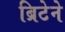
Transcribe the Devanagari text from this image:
ब्रिटेने